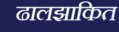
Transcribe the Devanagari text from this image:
ढालझाकित